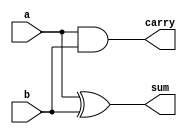
// This program was cloned from: https://github.com/Aryavardhan37/Verilog_codes
// License: MIT License

module half_adder(input a, input b, output sum, output carry);
    assign sum = a ^ b;
    assign carry = a & b;
endmodule

module full_adder(input a, input b, input cin, output sum, output cout);
    wire s1, c1, c2;

    half_adder ha1(.a(a), .b(b), .sum(s1), .carry(c1));
    half_adder ha2(.a(s1), .b(cin), .sum(sum), .carry(c2));
    assign cout = c1 | c2;
endmodule